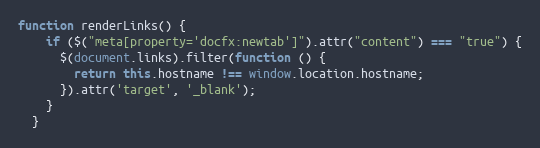
Language: JavaScript
function renderLinks() {
    if ($("meta[property='docfx:newtab']").attr("content") === "true") {
      $(document.links).filter(function () {
        return this.hostname !== window.location.hostname;
      }).attr('target', '_blank');
    }
  }